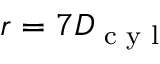
r = 7 D _ { \textrm { c y l } }